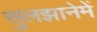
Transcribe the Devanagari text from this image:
सुलझानेमें